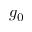
g _ { 0 }